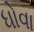
ધોવા